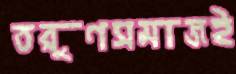
তরুণসমাজই